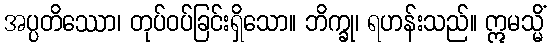
အပ္ပတိဿော၊ တုပ်ဝပ်ခြင်းရှိသော။ ဘိက္ခု၊ ရဟန်းသည်။ ဣမသ္မိံ